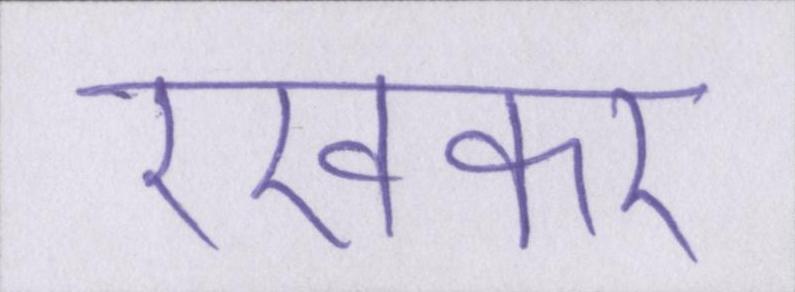
रखकर